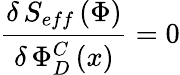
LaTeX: \frac{\delta\, S_{eff}\left(\Phi\right)}{\delta\, \Phi_{D}^{C}\left(x\right)}=0